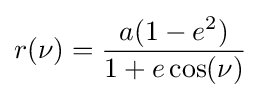
r(\nu )={\frac {a(1-e^{2})}{1+e\cos(\nu )}}